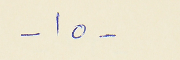
- ١٥ -